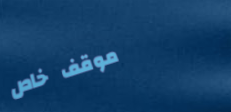
موقف خاص